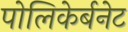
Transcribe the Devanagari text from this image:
पोलिकेर्बनेट